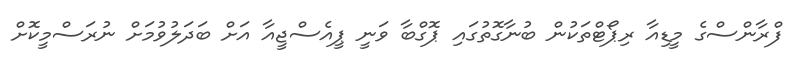
ފްރާންސްގެ މީޑިއާ ރިޕޯޓްތަކުން ބުނާގޮތުގައި ޕޮގްބާ ވަނީ ޕީއެސްޖީއާ އަށް ބަދަލުވުމަށް ނުރަސްމީކޮށް